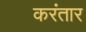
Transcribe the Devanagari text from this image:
करंतार